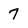
Character: 7